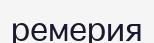
ремерия